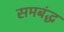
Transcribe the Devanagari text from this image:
समबंद्ध